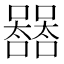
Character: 𡄛